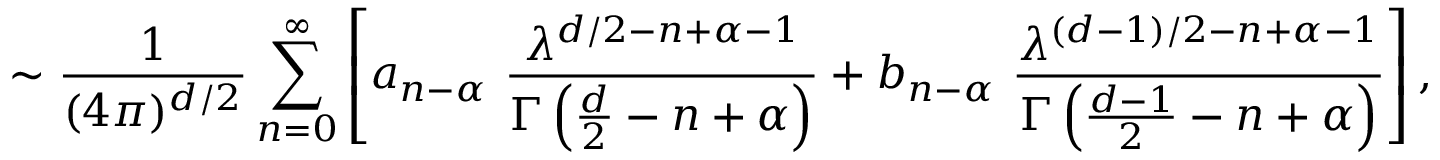
\sim { \frac { 1 } { ( 4 \pi ) ^ { d / 2 } } } \sum _ { n = 0 } ^ { \infty } \left[ a _ { n - \alpha } ~ { \frac { \lambda ^ { d / 2 - n + \alpha - 1 } } { \Gamma \left( \frac d 2 - n + \alpha \right) } } + b _ { n - \alpha } ~ { \frac { \lambda ^ { ( d - 1 ) / 2 - n + \alpha - 1 } } { \Gamma \left( { \frac { d - 1 } { 2 } } - n + \alpha \right) } } \right] ,